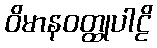
ဝိမာနဝတ္ထုပါဠိ